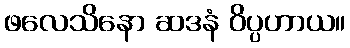
ဖလေသိနော ဆဒနံ ဝိပ္ပဟာယ။